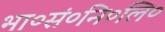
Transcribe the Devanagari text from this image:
भा०सं०नि०लि०